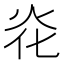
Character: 炛